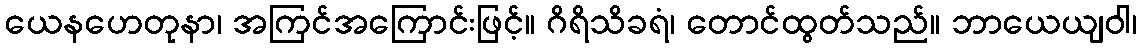
ယေနဟေတုနာ၊ အကြင်အကြောင်းဖြင့်။ ဂိရိသိခရံ၊ တောင်ထွတ်သည်။ ဘာယေယျဝါ၊